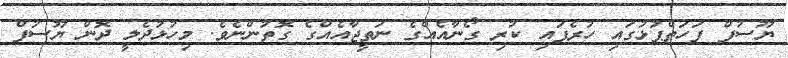
ޔޫސުފް ފަހަތްޕުޅުގައި ހުރެފައި ކުރި ގޯނާއެއްގެ ނަތީޖާއެއްގެ ގޮތުންނެވެ. މިހުޅުދެލީ ދޮން ޔޫސުފް